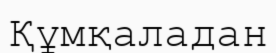
Құмқаладан